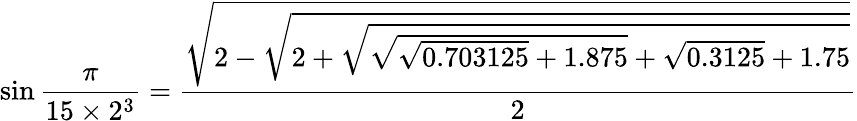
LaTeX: \sin{\frac{\pi}{15\times 2^{3}}}={\frac{\sqrt{2-{\sqrt{2+{\sqrt{{\sqrt{{\sqrt{0.703125}}+1.875}}+{\sqrt{0.3125}}+1.75}}}}}}{2}}